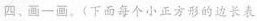
四、画一画、(下面每个小正方形的边长表